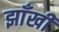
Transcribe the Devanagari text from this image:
झाँखी